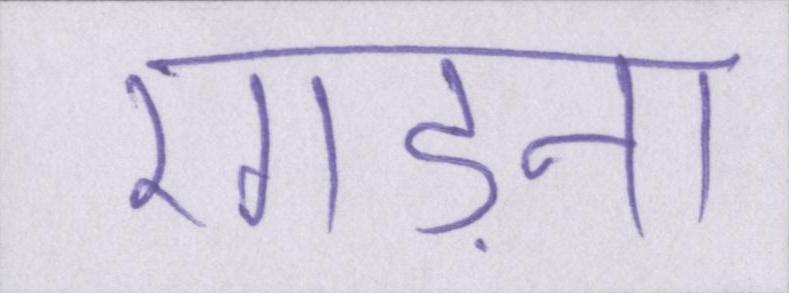
रगड़ना